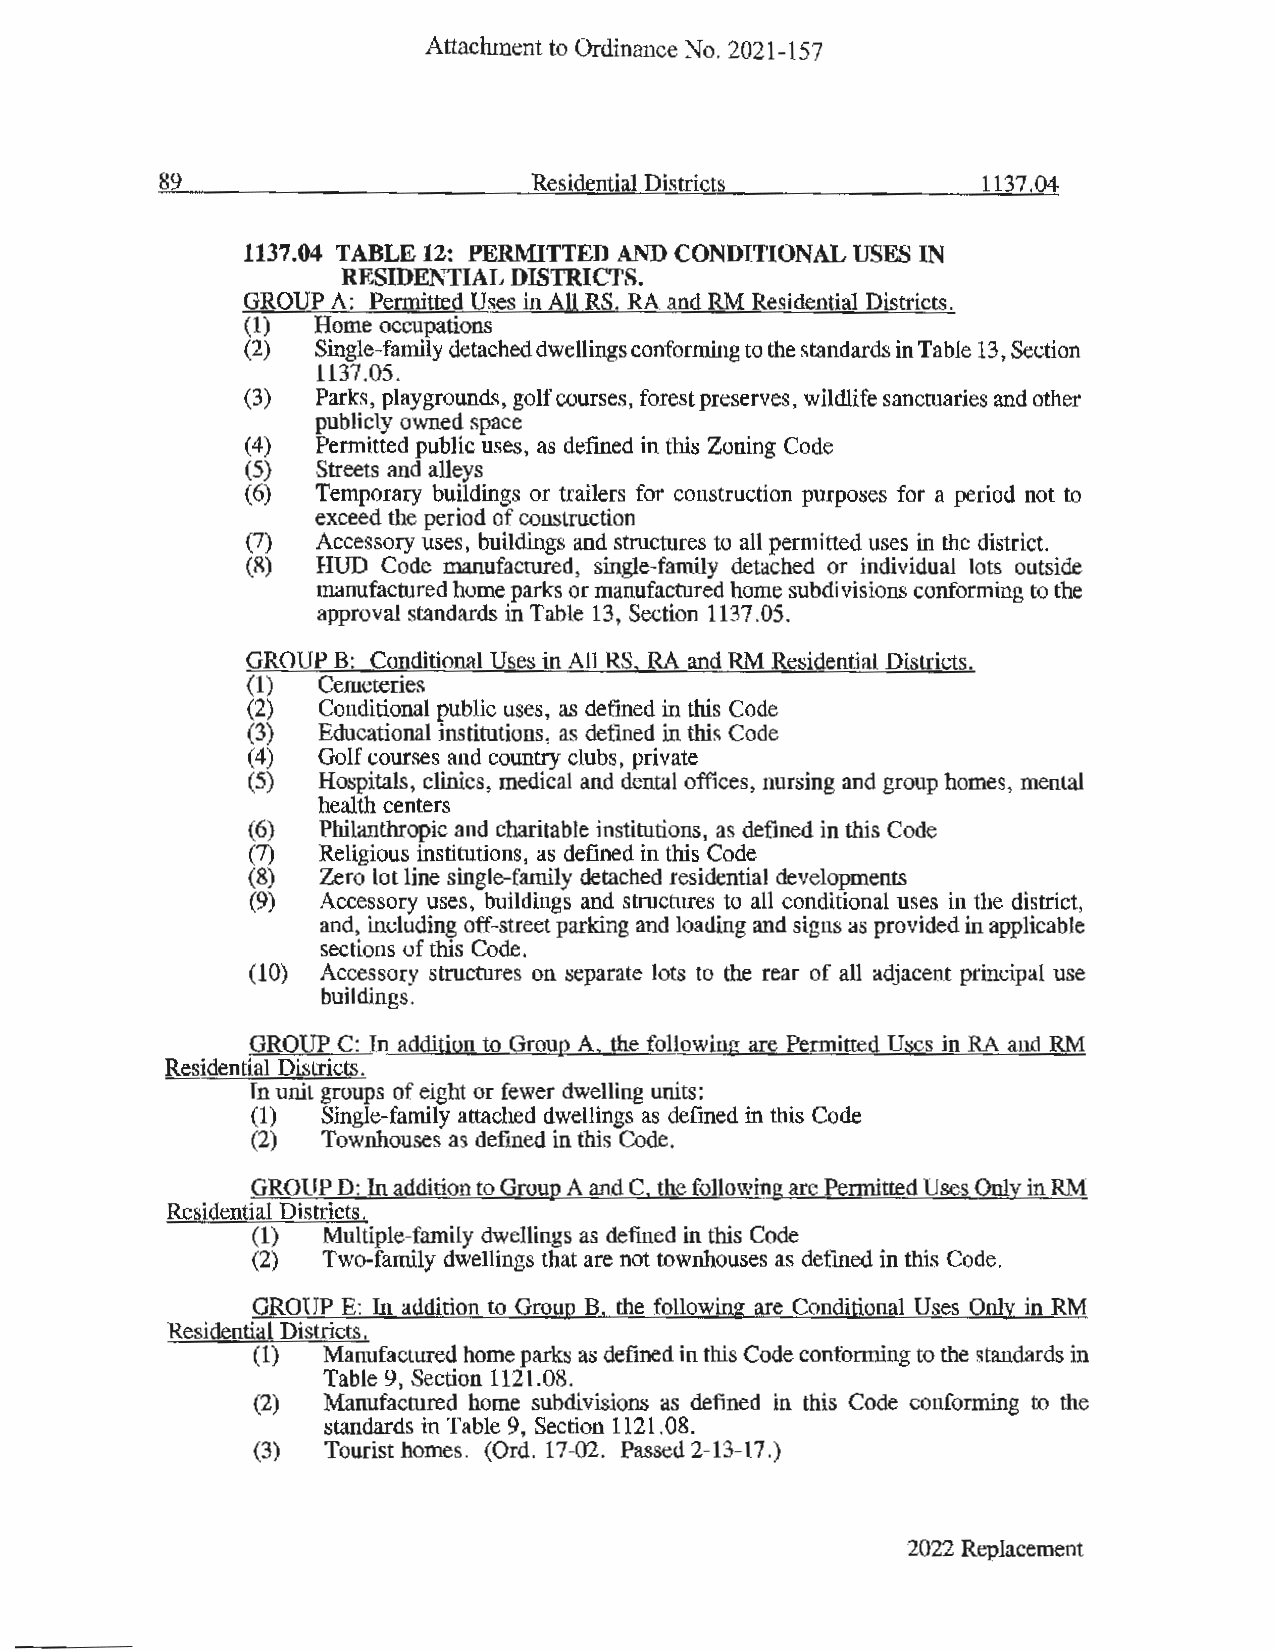
Attachment to Ordinance No. 2021-157
 89                       Residential Districts         1137.04
 1137.04 TABLE 12: PERMITTED AND CONDITIONAL USES IN
 RESIDENTIAL DISTRICTS.
 GROUP A: Permitted Uses in All RS. RA and RM Residential Districts.
 (1)  Home occupations
 (2)  Single-family detached dwellings conforming to the standards in Table 13, Section
 1137.05.
 (3)  Parks, playgrounds, golf courses, forest preserves, wildlife sanctuaries and other
 publicly owned space
 (4)  Permitted public uses, as defined in this Zoning Code
 (5)  Streets and alleys
 (6)  Temporary buildings or trailers for construction purposes for a period not to
 exceed the period of construction
 (7)  Accessory uses, buildings and structures to all permitted uses in the district.
 (8)  HUD Code manufactured, single-family detached or individual lots outside
 manufactured home parks or manufactured home subdivisions conforming to the
 approval standards in Table 13, Section 1137.0 5.
 GROUP B: Conditional Uses in All RS, RA and RM Residential Districts.
 (1)  Cemeteries
 (2)  Conditional public uses, as defined in this Code
 (3)  Educational institutions, as defined in this Code
 (4)  Golf courses and country clubs, private
 (5)  Hospitals, clinics, medical and dental offices, nursing and group homes, mental
 health centers
 (6)  Philanthropic and charitable institutions, as defined in this Code
 (7)  Religious institutions, as defined in this Code
 (8)  Zero lot line single-family detached residential developments
 (9)  Accessory uses, buildings and structures to all conditional uses in the district,
 and, including off-street parking and loading and signs as provided in applicable
 sections of this Code.
 (10) Accessory structures on separate lots to the rear of all adjacent principal use
 buildings.
 GROUP C: In addition to Group A, the following are Permitted Uses in RA and RM
 Residential Districts.
 In unit groups of eight or fewer dwelling units:
 (1) Single-family attached dwellings as defined in this Code
 (2) Townhouses as defined in this Code.
 GROUP D: In addition to Group A and C, the following are Permitted Uses Only in RM
 Residential Districts.
 (1) Multiple-family dwellings as defined in this Code
 (2) Two-family dwellings that are not townhouses as defined in this Code.
 GROUPE: In addition to Group B. the following are Conditional Uses Only in RM
 Residential Districts.
 (1) Manufactured home parks as defined in this Code conforming to the standards in
 Table 9, Section 1121.08.
 (2) Manufactured home subdivisions as defined in this Code conforming to the
 standards in Table 9, Section 1121.08.
 (3) Tourist homes. (Ord. 17-02. Passed 2-13-17.)
 2022 Replacement